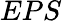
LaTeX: EPS